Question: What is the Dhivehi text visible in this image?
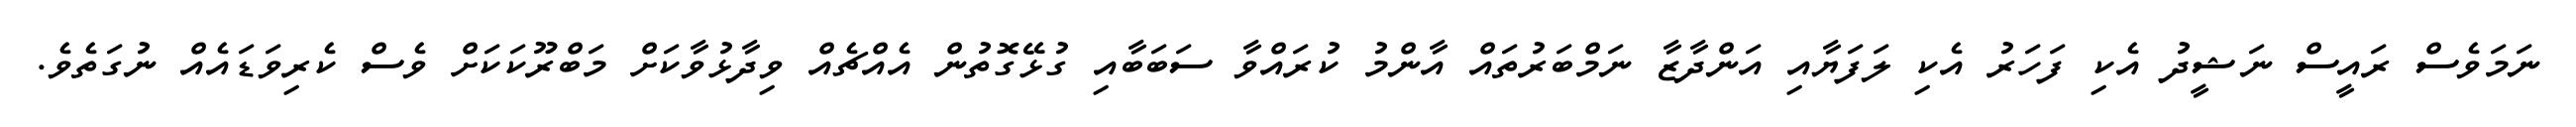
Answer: ނަމަވެސް ރައީސް ނަޝީދު އެކި ފަހަރު އެކި ލަފަޔާއި އަންދާޒާ ނަމްބަރުތައް އާންމު ކުރައްވާ ސަބަބާއި ގުޅޭގޮތުން އެއްޗެއް ވިދާޅުވާކަށް މަބްރޫކަކަށް ވެސް ކެރިވަޑައެއް ނުގަތެވެ.